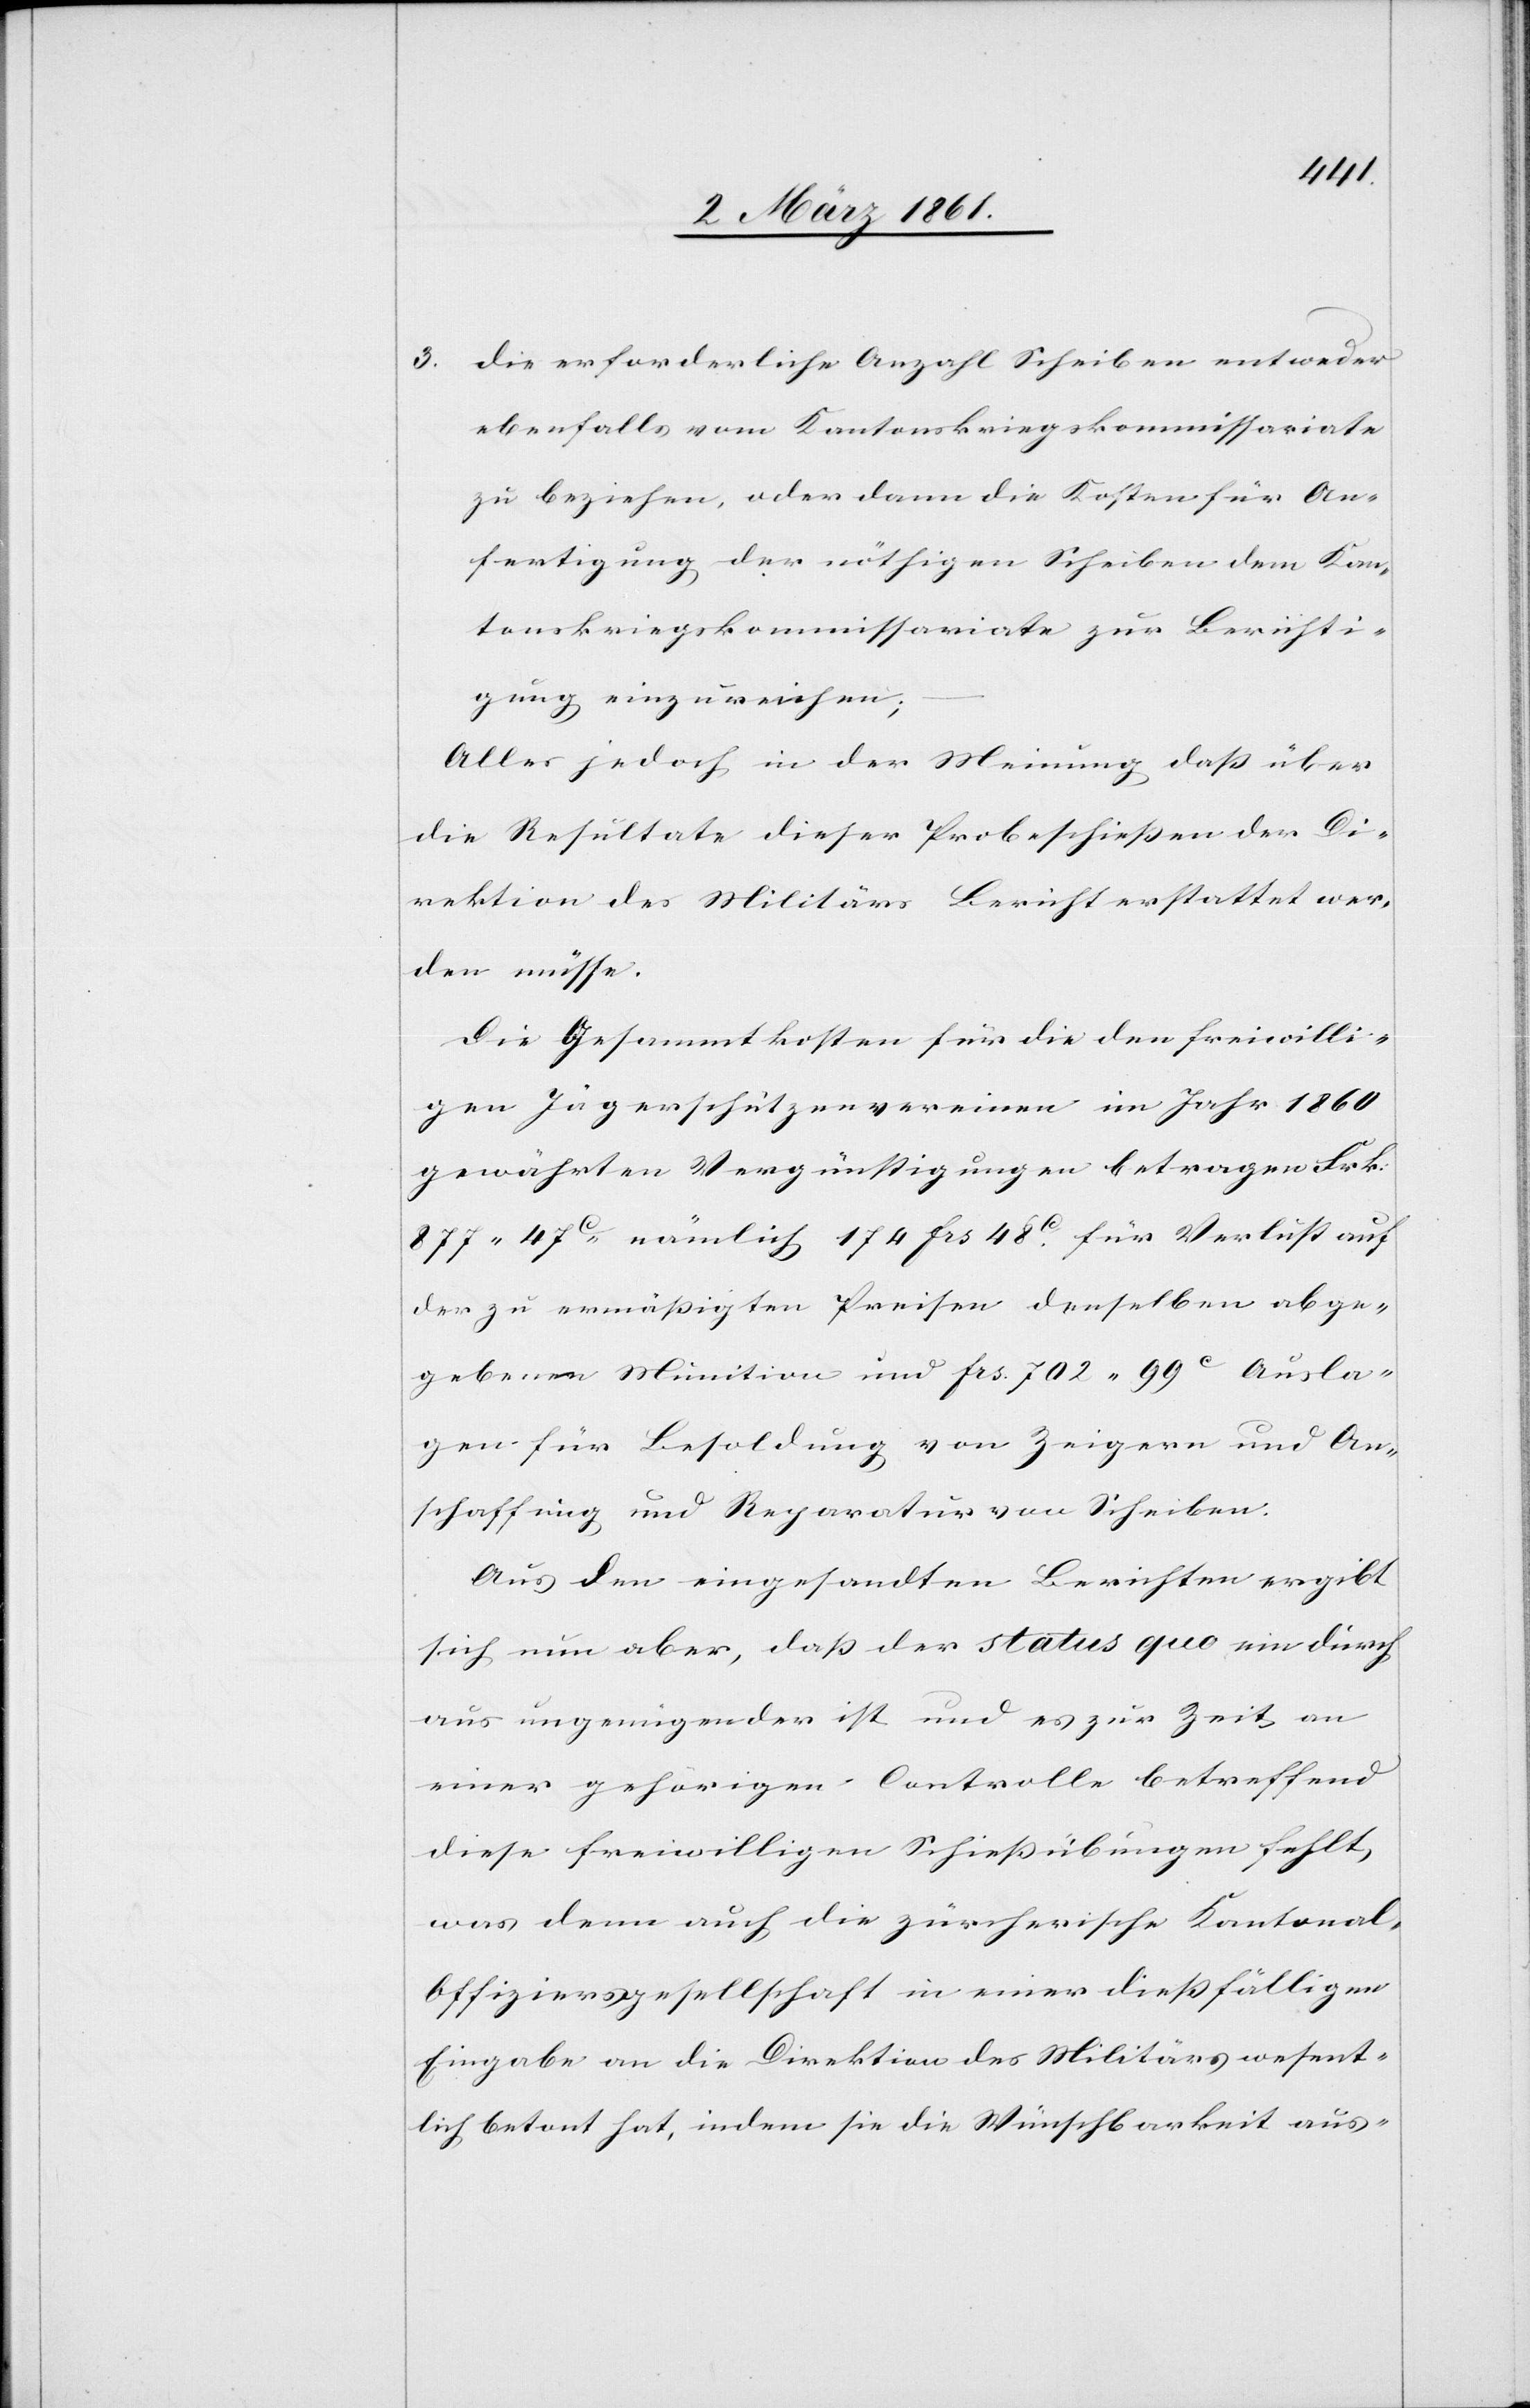
3.

die erforderliche Anzahl Scheiben entweder
ebenfalls vom Kantonskriegskommissariate
zu beziehen, oder dann die Kosten für An¬
fertigung der nöthigen Scheiben dem Kan¬
tonskriegskommissariate zur Berichti¬
gung einzureichen;
Alles jedoch in der Meinung, dass über
die Resultate dieser Probeschiessen der Di¬
rektion des Militärs Bericht erstattet wer¬
den müsse.
Die Gesammtkosten für die den freiwilli¬
gen Jägerschützenvereinen im Jahr 1860
gewährten Vergünstigungen betragen Frk.
877 47C nämlich 174 frs 48C für Verlust auf
der zu ermässigten Preisen denselben abge¬
gebenen Munition und frs 702 99C Ausla¬
gen für Besoldung von Zeigern und An¬
schaffung und Reparatur von Scheiben.
Aus den eingesandten Berichten ergibt
sich nun aber, dass der status quo ein durch¬
aus ungenügender ist und es zur Zeit an
einer gehörigen Controlle betreffend
diese freiwilligen Schiessübungen fehlt,
was denn auch die zürcherische Kantonal-O¬
ffiziersgesellschaft in einer diessfälligen
Eingabe an die Direktion des Militärs wesent¬
lich betont hat, indem sie die Wünschbarkeit aus-